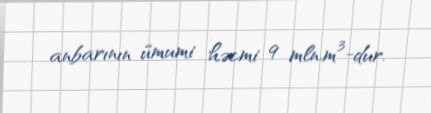
anbarının ümumi həcmi 9 mln.m³-dur.